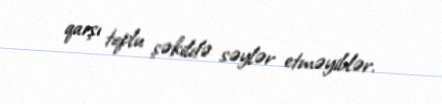
qarşı toplu şəkildə səylər etməyiblər.